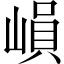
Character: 𡻖